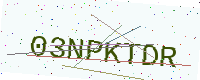
Text: 03NPKTDR